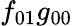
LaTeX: f_{01}g_{00}